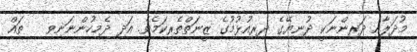
މުދަލާއި ދަރިންނަކީ ދުނިޔޭގެ ދިރިއުޅުމުގެ ޒީނަތްތެރިކަމެވެ. އަދި ދެމިހުންނަނިވި   ތައް